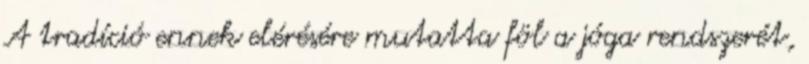
A tradíció ennek elérésére mutatta föl a jóga rendszerét,